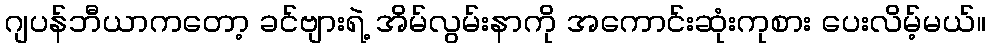
ဂျပန်ဘီယာကတော့ ခင်ဗျားရဲ့ အိမ်လွမ်းနာကို အကောင်းဆုံးကုစား ပေးလိမ့်မယ်။